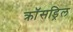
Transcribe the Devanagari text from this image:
क्रॉसड्रिल